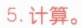
5.计算。